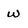
Character: w